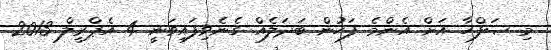
މި ޞަފްހާ އަށް އެންމެ ފަހުން ބަދަލެއް ގެނެވިފައިވަނީ 4 އެޕްރީލް 2013